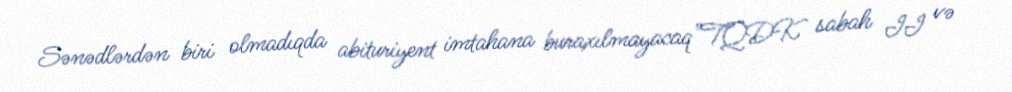
Sənədlərdən biri olmadıqda abituriyent imtahana buraxılmayacaq"TQDK sabah II və